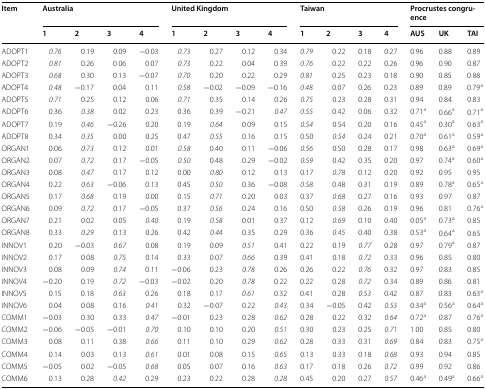
<table><thead><tr><td rowspan="2"><b>Item</b></td><td colspan="4"><b>Australia</b></td><td colspan="4"><b>United Kingdom</b></td><td colspan="4"><b>Taiwan</b></td><td colspan="3"><b>Procrustes congruence</b></td></tr><tr><td><b>1</b></td><td><b>2</b></td><td><b>3</b></td><td><b>4</b></td><td><b>1</b></td><td><b>2</b></td><td><b>3</b></td><td><b>4</b></td><td><b>1</b></td><td><b>2</b></td><td><b>3</b></td><td><b>4</b></td><td><b>AUS</b></td><td><b>UK</b></td><td><b>TAI</b></td></tr></thead><tbody><tr><td>ADOPT1</td><td><i>0.76</i></td><td>0.19</td><td>0.09</td><td>−0.03</td><td><i>0.73</i></td><td>0.27</td><td>0.12</td><td>0.34</td><td><i>0.79</i></td><td>0.22</td><td>0.18</td><td>0.27</td><td>0.96</td><td>0.88</td><td>0.89</td></tr><tr><td>ADOPT2</td><td><i>0.81</i></td><td>0.26</td><td>0.06</td><td>0.07</td><td><i>0.73</i></td><td>0.22</td><td>0.04</td><td>0.39</td><td><i>0.76</i></td><td>0.22</td><td>0.22</td><td>0.26</td><td>0.96</td><td>0.90</td><td>0.87</td></tr><tr><td>ADOPT3</td><td><i>0.68</i></td><td>0.30</td><td>0.13</td><td>−0.07</td><td><i>0.70</i></td><td>0.20</td><td>0.22</td><td>0.29</td><td><i>0.81</i></td><td>0.25</td><td>0.23</td><td>0.18</td><td>0.90</td><td>0.85</td><td>0.88</td></tr><tr><td>ADOPT4</td><td><i>0.48</i></td><td>−0.17</td><td>0.04</td><td>0.11</td><td><i>0.58</i></td><td>−0.02</td><td>−0.09</td><td>−0.16</td><td><i>0.48</i></td><td>0.07</td><td>0.26</td><td>0.23</td><td>0.89</td><td>0.89</td><td>0.79<sup>a</sup></td></tr><tr><td>ADOPT5</td><td><i>0.71</i></td><td>0.25</td><td>0.12</td><td>0.06</td><td><i>0.71</i></td><td>0.35</td><td>0.14</td><td>0.26</td><td><i>0.75</i></td><td>0.23</td><td>0.28</td><td>0.31</td><td>0.94</td><td>0.84</td><td>0.83</td></tr><tr><td>ADOPT6</td><td>0.36</td><td><i>0.38</i></td><td>0.02</td><td>0.23</td><td>0.36</td><td>0.39</td><td>−0.21</td><td><i>0.47</i></td><td><i>0.55</i></td><td>0.42</td><td>0.06</td><td>0.32</td><td>0.71<sup>a</sup></td><td>0.66<sup>a</sup></td><td>0.71<sup>a</sup></td></tr><tr><td>ADOPT7</td><td>0.19</td><td><i>0.46</i></td><td>−0.26</td><td>0.20</td><td>0.19</td><td><i>0.64</i></td><td>0.09</td><td>0.15</td><td><i>0.54</i></td><td>0.54</td><td>0.20</td><td>0.16</td><td>0.45<sup>a</sup></td><td>0.30<sup>a</sup></td><td>0.63<sup>a</sup></td></tr><tr><td>ADOPT8</td><td>0.34</td><td><i>0.35</i></td><td>0.00</td><td>0.25</td><td>0.47</td><td><i>0.55</i></td><td>0.16</td><td>0.15</td><td>0.50</td><td><i>0.54</i></td><td>0.24</td><td>0.21</td><td>0.70<sup>a</sup></td><td>0.61<sup>a</sup></td><td>0.59<sup>a</sup></td></tr><tr><td>ORGAN1</td><td>0.06</td><td><i>0.73</i></td><td>0.12</td><td>0.01</td><td><i>0.58</i></td><td>0.40</td><td>0.11</td><td>−0.06</td><td><i>0.56</i></td><td>0.50</td><td>0.28</td><td>0.17</td><td>0.98</td><td>0.63<sup>a</sup></td><td>0.69<sup>a</sup></td></tr><tr><td>ORGAN2</td><td>0.07</td><td><i>0.72</i></td><td>0.17</td><td>−0.05</td><td><i>0.50</i></td><td>0.48</td><td>0.29</td><td>−0.02</td><td><i>0.59</i></td><td>0.42</td><td>0.35</td><td>0.20</td><td>0.97</td><td>0.74<sup>a</sup></td><td>0.60<sup>a</sup></td></tr><tr><td>ORGAN3</td><td>0.08</td><td><i>0.47</i></td><td>0.17</td><td>0.12</td><td>0.00</td><td><i>0.80</i></td><td>0.12</td><td>0.13</td><td>0.17</td><td><i>0.78</i></td><td>0.12</td><td>0.20</td><td>0.92</td><td>0.95</td><td>0.95</td></tr><tr><td>ORGAN4</td><td>0.22</td><td><i>0.63</i></td><td>−0.06</td><td>0.13</td><td>0.45</td><td><i>0.50</i></td><td>0.36</td><td>−0.08</td><td><i>0.58</i></td><td>0.48</td><td>0.31</td><td>0.19</td><td>0.89</td><td>0.78<sup>a</sup></td><td>0.65<sup>a</sup></td></tr><tr><td>ORGAN5</td><td>0.17</td><td><i>0.68</i></td><td>0.19</td><td>0.00</td><td>0.15</td><td><i>0.71</i></td><td>0.20</td><td>0.03</td><td>0.37</td><td><i>0.68</i></td><td>0.27</td><td>0.16</td><td>0.93</td><td>0.97</td><td>0.87</td></tr><tr><td>ORGAN6</td><td>0.09</td><td><i>0.72</i></td><td>0.17</td><td>−0.05</td><td>0.37</td><td><i>0.56</i></td><td>0.24</td><td>0.16</td><td>0.50</td><td><i>0.58</i></td><td>0.26</td><td>0.19</td><td>0.96</td><td>0.81</td><td>0.76<sup>a</sup></td></tr><tr><td>ORGAN7</td><td>0.21</td><td>0.02</td><td>0.05</td><td><i>0.40</i></td><td>0.19</td><td><i>0.58</i></td><td>0.01</td><td>0.37</td><td>0.12</td><td><i>0.69</i></td><td>0.10</td><td>0.40</td><td>0.05<sup>a</sup></td><td>0.73<sup>a</sup></td><td>0.85</td></tr><tr><td>ORGAN8</td><td>0.33</td><td><i>0.29</i></td><td>0.13</td><td>0.26</td><td>0.42</td><td><i>0.44</i></td><td>0.35</td><td>0.29</td><td>0.36</td><td><i>0.45</i></td><td>0.40</td><td>0.38</td><td>0.53<sup>a</sup></td><td>0.64<sup>a</sup></td><td>0.65</td></tr><tr><td>INNOV1</td><td>0.20</td><td>−0.03</td><td><i>0.67</i></td><td>0.08</td><td>0.19</td><td>0.09</td><td><i>0.51</i></td><td>0.41</td><td>0.22</td><td>0.19</td><td><i>0.77</i></td><td>0.28</td><td>0.97</td><td>0.79<sup>a</sup></td><td>0.87</td></tr><tr><td>INNOV2</td><td>0.17</td><td>0.08</td><td><i>0.75</i></td><td>0.14</td><td>0.33</td><td>0.07</td><td><i>0.66</i></td><td>0.39</td><td>0.41</td><td>0.18</td><td><i>0.72</i></td><td>0.33</td><td>0.96</td><td>0.85</td><td>0.80</td></tr><tr><td>INNOV3</td><td>0.08</td><td>0.09</td><td><i>0.74</i></td><td>0.11</td><td>−0.06</td><td>0.23</td><td><i>0.78</i></td><td>0.26</td><td>0.26</td><td>0.22</td><td><i>0.76</i></td><td>0.32</td><td>0.97</td><td>0.83</td><td>0.85</td></tr><tr><td>INNOV4</td><td>−0.20</td><td>0.19</td><td><i>0.72</i></td><td>−0.03</td><td>−0.02</td><td>0.20</td><td><i>0.78</i></td><td>0.22</td><td>0.22</td><td>0.28</td><td><i>0.72</i></td><td>0.34</td><td>0.89</td><td>0.86</td><td>0.81</td></tr><tr><td>INNOV5</td><td>0.15</td><td>0.18</td><td><i>0.63</i></td><td>0.26</td><td>0.18</td><td>0.17</td><td><i>0.61</i></td><td>0.32</td><td>0.41</td><td>0.28</td><td><i>0.53</i></td><td>0.42</td><td>0.87</td><td>0.83</td><td>0.63<sup>a</sup></td></tr><tr><td>INNOV6</td><td>0.04</td><td>0.08</td><td>0.16</td><td><i>0.41</i></td><td>0.32</td><td>−0.07</td><td>0.22</td><td><i>0.43</i></td><td>0.34</td><td>−0.05</td><td>0.42</td><td><i>0.53</i></td><td>0.34<sup>a</sup></td><td>0.56<sup>a</sup></td><td>0.64<sup>a</sup></td></tr><tr><td>COMM1</td><td>−0.03</td><td>0.30</td><td>0.33</td><td><i>0.47</i></td><td>−0.01</td><td>0.23</td><td>0.28</td><td><i>0.62</i></td><td>0.28</td><td>0.22</td><td>0.32</td><td><i>0.64</i></td><td>0.72<sup>a</sup></td><td>0.87</td><td>0.76<sup>a</sup></td></tr><tr><td>COMM2</td><td>−0.06</td><td>−0.05</td><td>−0.01</td><td><i>0.70</i></td><td>0.10</td><td>0.10</td><td>0.20</td><td><i>0.51</i></td><td>0.30</td><td>0.23</td><td>0.25</td><td><i>0.71</i></td><td>1.00</td><td>0.85</td><td>0.80</td></tr><tr><td>COMM3</td><td>0.08</td><td>0.11</td><td>0.38</td><td><i>0.66</i></td><td>0.11</td><td>0.10</td><td>0.29</td><td><i>0.62</i></td><td>0.28</td><td>0.33</td><td>0.31</td><td><i>0.69</i></td><td>0.84</td><td>0.83</td><td>0.75<sup>a</sup></td></tr><tr><td>COMM4</td><td>0.14</td><td>0.03</td><td>0.13</td><td><i>0.61</i></td><td>0.01</td><td>0.08</td><td>0.15</td><td><i>0.65</i></td><td>0.13</td><td>0.33</td><td>0.18</td><td><i>0.68</i></td><td>0.93</td><td>0.94</td><td>0.85</td></tr><tr><td>COMM5</td><td>−0.05</td><td>0.02</td><td>−0.05</td><td><i>0.68</i></td><td>0.05</td><td>0.07</td><td>0.16</td><td><i>0.63</i></td><td>0.17</td><td>0.18</td><td>0.26</td><td><i>0.72</i></td><td>0.99</td><td>0.92</td><td>0.86</td></tr><tr><td>COMM6</td><td>0.13</td><td>0.28</td><td><i>0.42</i></td><td>0.29</td><td>0.23</td><td>0.22</td><td>0.28</td><td><i>0.28</i></td><td>0.45</td><td>0.20</td><td>0.27</td><td><i>0.57</i></td><td>0.46<sup>a</sup></td><td>0.49<sup>a</sup></td><td>0.66<sup>a</sup></td></tr></tbody></table>